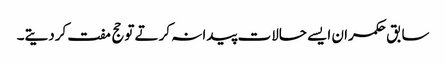
سابق حکمران ایسے حالات پیدا نہ کرتے توحج مفت کردیتے۔